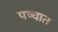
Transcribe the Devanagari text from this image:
पष्चात